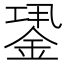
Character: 𨧎